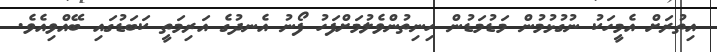
އިތުރަށް އެމީހަކު ނުގުޅުމުން މަޑުމަޑުން ހިނިތުންވެލުމަށްފަހު ފޯނު އެނދުގެ އަރިމަތީ ކަބަޑުގައި ބޭއްވިއެވެ.